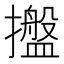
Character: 𢸔